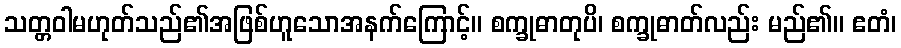
သတ္တဝါမဟုတ်သည်၏အဖြစ်ဟူသောအနက်ကြောင့်။ စက္ခုဓာတုပိ၊ စက္ခုဓာတ်လည်း မည်၏။ ဧတံ၊